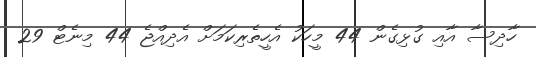
ހާދިސާ އާއި ގުޅިގެން 44 މީހަކު އެހީތެރިކަމަށް އެދިއްޖެ 44 މިނެޓް 29